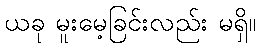
ယခု မူးမေ့ခြင်းလည်း မရှိ။